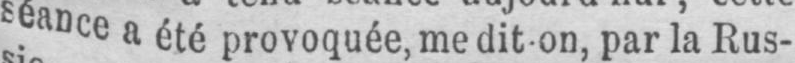
séance a été provoquée, me dit-on, par la Rus-